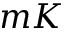
m K